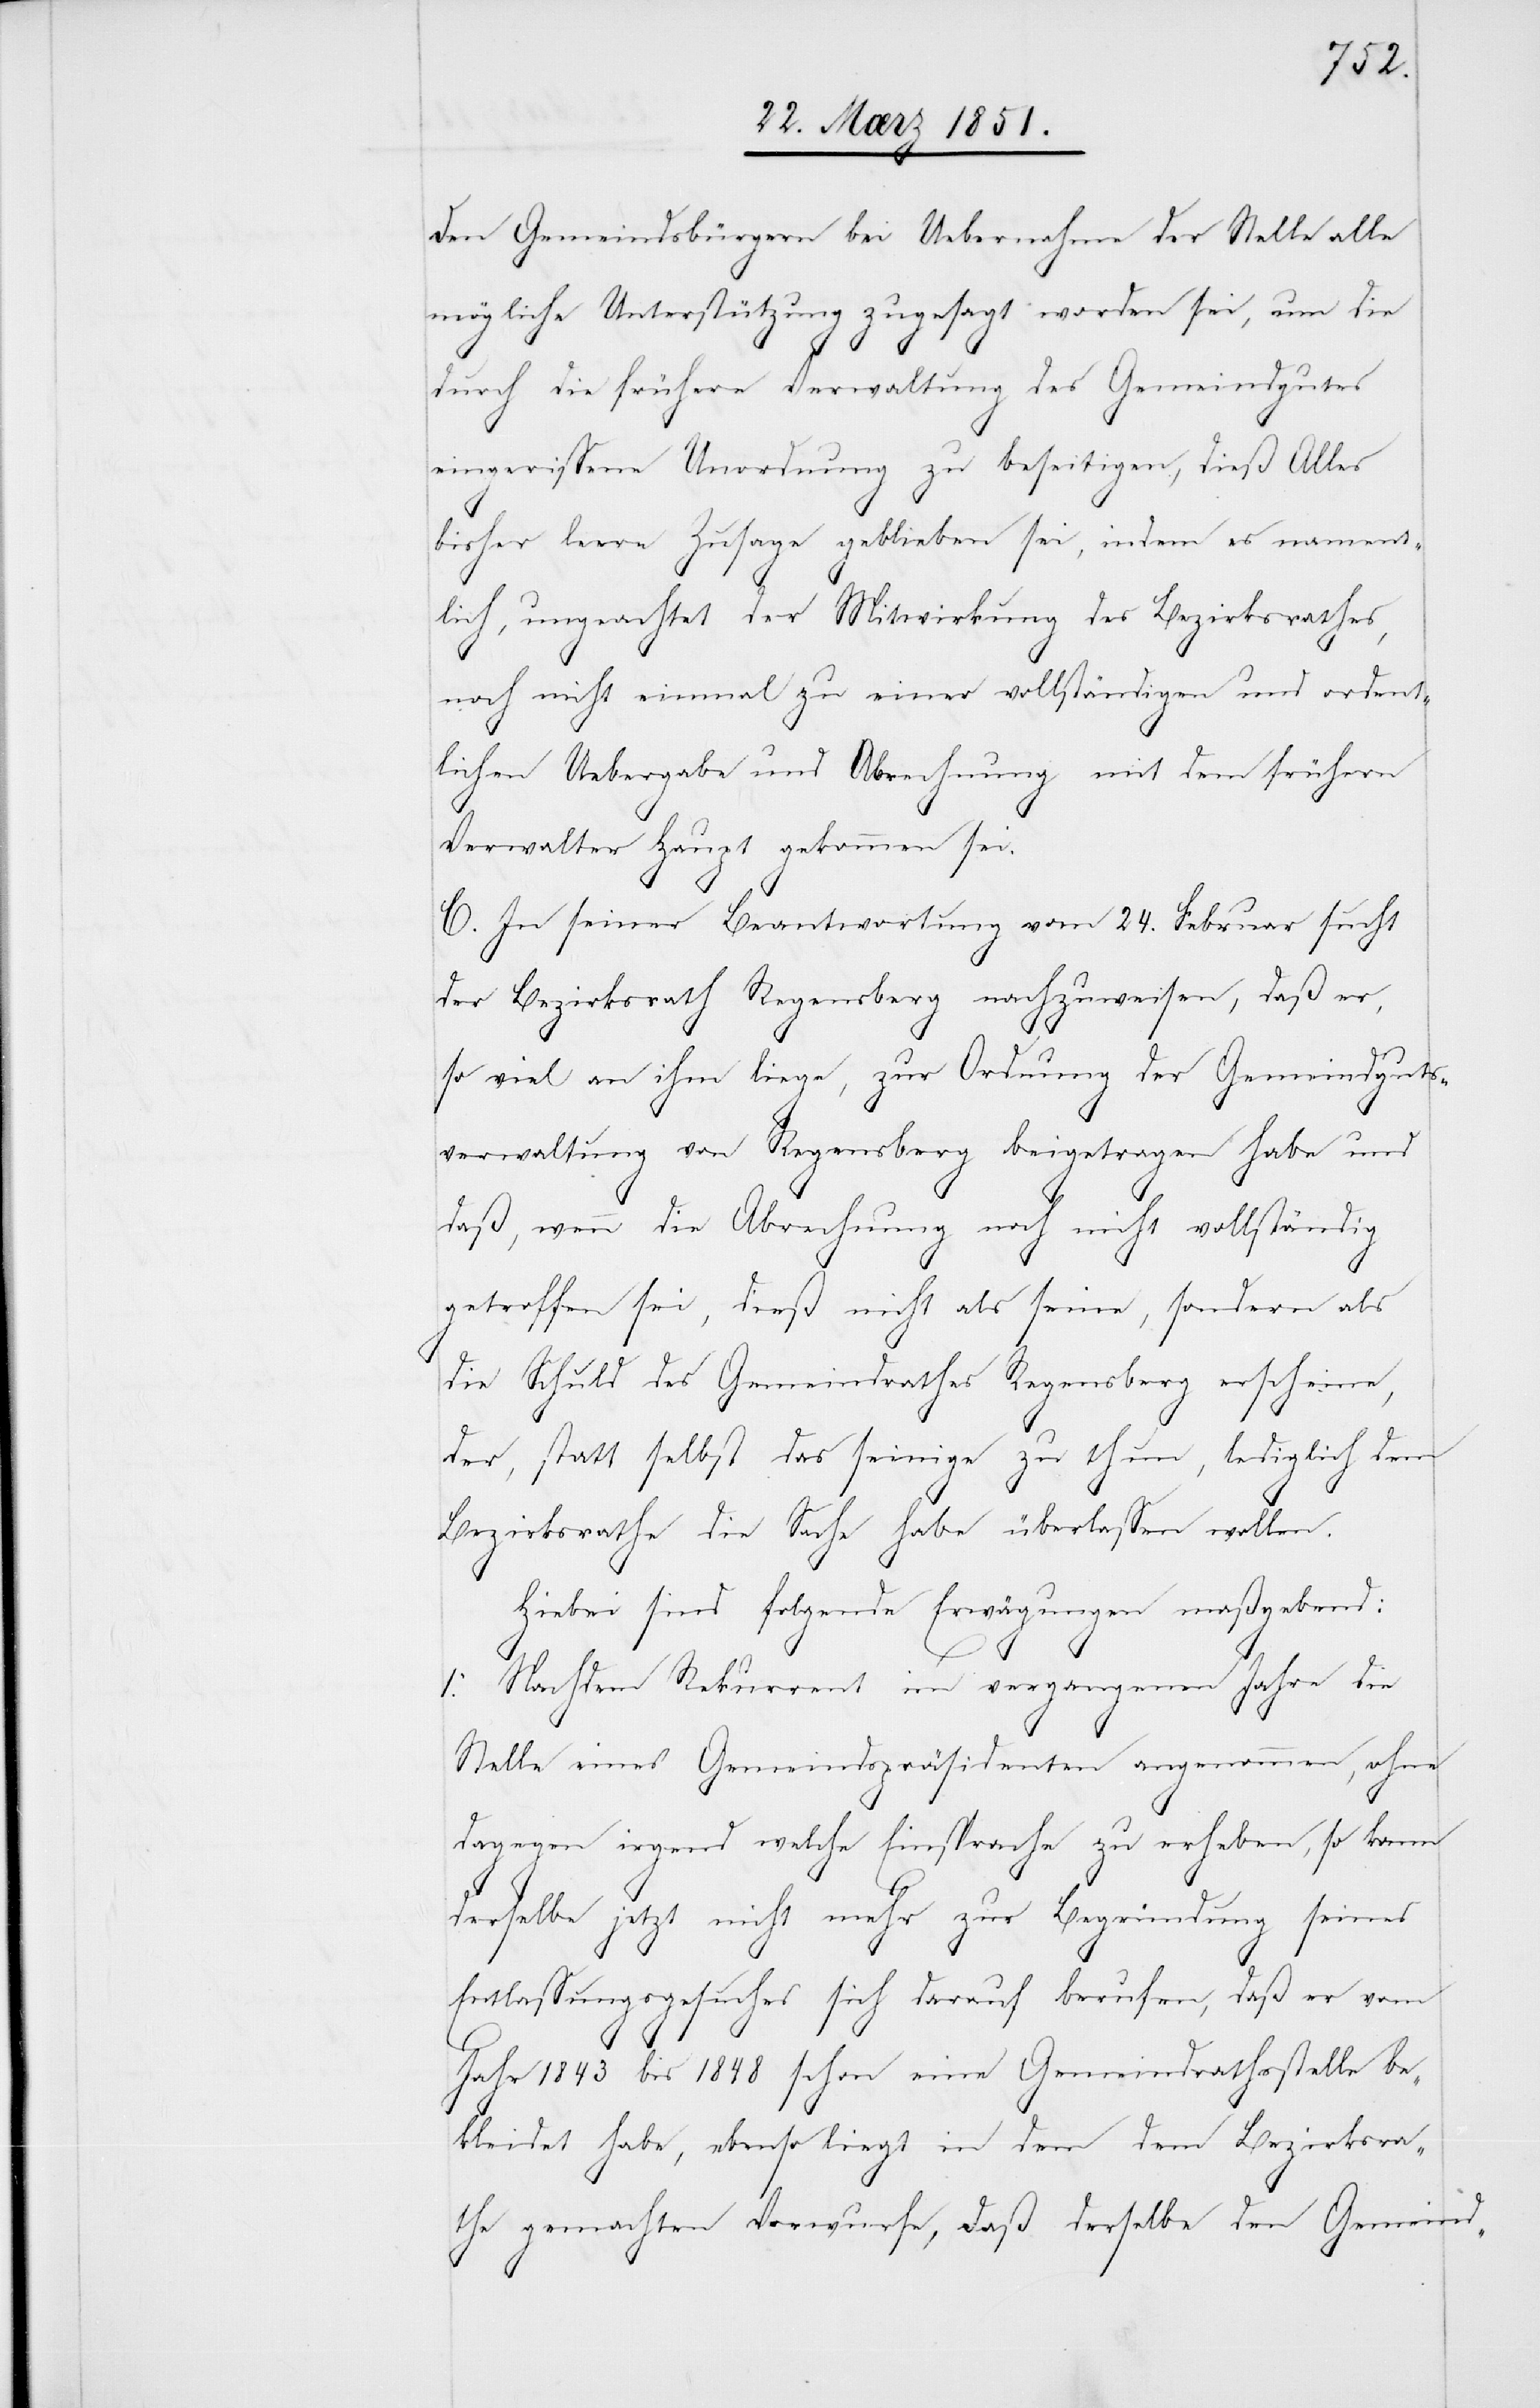
den Gemeindsbürgern bei Uebernahme der Stelle alle
mögliche Unterstützung zugesagt worden sei, um die
durch die frühere Verwaltung des Gemeindgutes
eingerissene Unordnung zu beseitigen, dieß Alles
bisher leere Zusage geblieben sei, indem es nament¬
lich, ungeachtet der Mitwirkung des Bezirksrathes,
noch nicht einmal zu einer vollständigen und ordent¬
lichen Uebergabe und Abrechnung mit dem frühern
Verwalter Haupt gekommen sei.
C. In seiner Beantwortung vom 24. Februar sucht
der Bezirksrath Regensberg nachzuweisen, daß er,
so viel an ihm liege, zur Ordnung der Gemeindguts¬
verwaltung von Regensberg beigetragen habe und
daß, wenn die Abrechnung noch nicht vollständig
getroffen sei, dieß nicht als seine, sondern als
die Schuld des Gemeindrathes Regensberg erscheine,
der, statt selbst das seinige zu thun, lediglich dem
Bezirksrathe die Sache habe überlassen wollen.
Hiebei sind folgende Erwägungen maßgebend:
1. Nachdem Rekurrent im vergangenen Jahre die
Stelle eines Gemeindspräsidenten angenommen, ohne
dagegen irgend welche Einsprache zu erheben, so kann
derselbe jetzt nicht mehr zur Begründung seines
Entlassungsgesuches sich darauf berufen, daß er vom
Jahr 1843 bis 1848 schon eine Gemeindrathsstelle be¬
kleidet habe, ebenso liegt in dem dem Bezirksra¬
the gemachten Vorwurfe, daß derselbe den Gemeind-